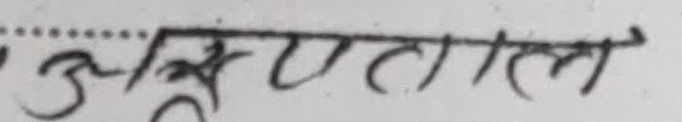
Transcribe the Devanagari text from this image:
अस्पताल